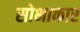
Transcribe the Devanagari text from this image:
सोभाकार